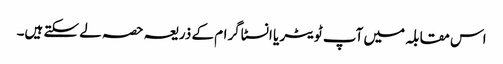
اس مقابلہ میں آپ ٹویٹر یا انسٹاگرام کے ذریعہ حصہ لے سکتے ہیں۔